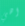
اهي